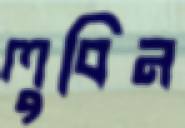
লুবিন